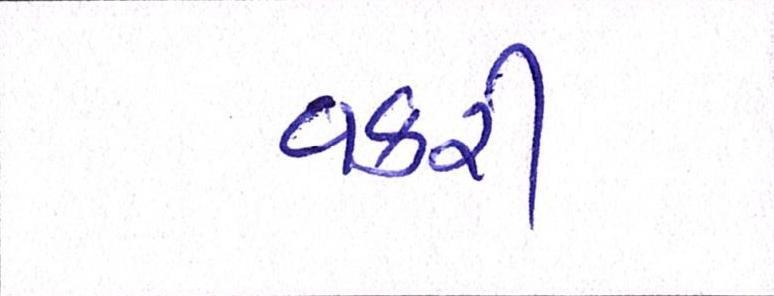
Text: વકરી